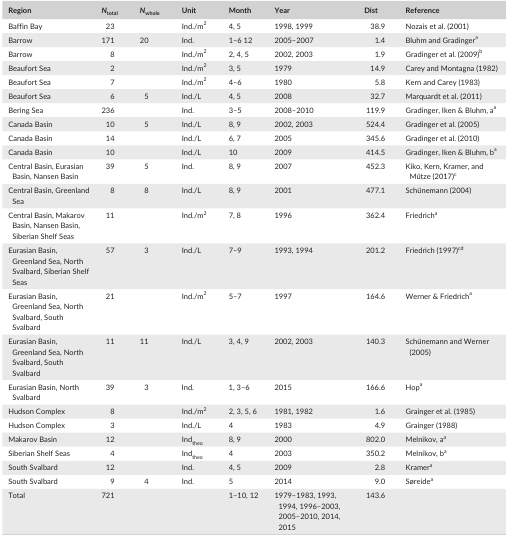
<table><thead><tr><td><b>Region</b></td><td><b><i>N</i><sub>total</sub></b></td><td><b><i>N</i><sub>whole</sub></b></td><td><b>Unit</b></td><td><b>Month</b></td><td><b>Year</b></td><td><b>Dist</b></td><td><b>Reference</b></td></tr></thead><tbody><tr><td>Baffin Bay</td><td>23</td><td></td><td>Ind./m<sup>2</sup></td><td>4, 5</td><td>1998, 1999</td><td>38.9</td><td>Nozais et al. (2001)</td></tr><tr><td>Barrow</td><td>171</td><td>20</td><td>Ind.</td><td>1–6 12</td><td>2005–2007</td><td>1.4</td><td>Bluhm and Gradingera</td></tr><tr><td>Barrow</td><td>8</td><td></td><td>Ind./m<sup>2</sup></td><td>2, 4, 5</td><td>2002, 2003</td><td>1.9</td><td>Gradinger et al. (2009)b</td></tr><tr><td>Beaufort Sea</td><td>2</td><td></td><td>Ind./m<sup>2</sup></td><td>3, 5</td><td>1979</td><td>14.9</td><td>Carey and Montagna (1982)</td></tr><tr><td>Beaufort Sea</td><td>7</td><td></td><td>Ind./m<sup>2</sup></td><td>4–6</td><td>1980</td><td>5.8</td><td>Kern and Carey (1983)</td></tr><tr><td>Beaufort Sea</td><td>6</td><td>5</td><td>Ind./L</td><td>4, 5</td><td>2008</td><td>32.7</td><td>Marquardt et al. (2011)</td></tr><tr><td>Bering Sea</td><td>236</td><td></td><td>Ind.</td><td>3–5</td><td>2008–2010</td><td>119.9</td><td>Gradinger, Iken &amp; Bluhm, aa</td></tr><tr><td>Canada Basin</td><td>10</td><td>5</td><td>Ind./L</td><td>8, 9</td><td>2002, 2003</td><td>524.4</td><td>Gradinger et al. (2005)</td></tr><tr><td>Canada Basin</td><td>14</td><td></td><td>Ind./L</td><td>6, 7</td><td>2005</td><td>345.6</td><td>Gradinger et al. (2010)</td></tr><tr><td>Canada Basin</td><td>10</td><td></td><td>Ind./L</td><td>10</td><td>2009</td><td>414.5</td><td>Gradinger, Iken &amp; Bluhm, ba</td></tr><tr><td>Central Basin, Eurasian Basin, Nansen Basin</td><td>39</td><td>5</td><td>Ind.</td><td>8, 9</td><td>2007</td><td>452.3</td><td>Kiko, Kern, Kramer, and Mütze (2017)c</td></tr><tr><td>Central Basin, Greenland Sea</td><td>8</td><td>8</td><td>Ind./L</td><td>8, 9</td><td>2001</td><td>477.1</td><td>Schünemann (2004)</td></tr><tr><td>Central Basin, Makarov Basin, Nansen Basin, Siberian Shelf Seas</td><td>11</td><td></td><td>Ind./m<sup>2</sup></td><td>7, 8</td><td>1996</td><td>362.4</td><td>Friedricha</td></tr><tr><td>Eurasian Basin, Greenland Sea, North Svalbard, Siberian Shelf Seas</td><td>57</td><td>3</td><td>Ind./L</td><td>7–9</td><td>1993, 1994</td><td>201.2</td><td>Friedrich (1997)c,d</td></tr><tr><td>Eurasian Basin, Greenland Sea, North Svalbard, South Svalbard</td><td>21</td><td></td><td>Ind./m<sup>2</sup></td><td>5–7</td><td>1997</td><td>164.6</td><td>Werner &amp; Friedricha</td></tr><tr><td>Eurasian Basin, Greenland Sea, North Svalbard, South Svalbard</td><td>11</td><td>11</td><td>Ind./L</td><td>3, 4, 9</td><td>2002, 2003</td><td>140.3</td><td>Schünemann and Werner (2005)</td></tr><tr><td>Eurasian Basin, North Svalbard</td><td>39</td><td>3</td><td>Ind.</td><td>1, 3–6</td><td>2015</td><td>166.6</td><td>Hopa</td></tr><tr><td>Hudson Complex</td><td>8</td><td></td><td>Ind./m<sup>2</sup></td><td>2, 3, 5, 6</td><td>1981, 1982</td><td>1.6</td><td>Grainger et al. (1985)</td></tr><tr><td>Hudson Complex</td><td>3</td><td></td><td>Ind./L</td><td>4</td><td>1983</td><td>4.9</td><td>Grainger (1988)</td></tr><tr><td>Makarov Basin</td><td>12</td><td></td><td>Ind<sub>theo</sub></td><td>8, 9</td><td>2000</td><td>802.0</td><td>Melnikov, aa</td></tr><tr><td>Siberian Shelf Seas</td><td>4</td><td></td><td>Ind<sub>theo</sub></td><td>4</td><td>2003</td><td>350.2</td><td>Melnikov, ba</td></tr><tr><td>South Svalbard</td><td>12</td><td></td><td>Ind.</td><td>4, 5</td><td>2009</td><td>2.8</td><td>Kramera</td></tr><tr><td>South Svalbard</td><td>9</td><td>4</td><td>Ind.</td><td>5</td><td>2014</td><td>9.0</td><td>Søreidea</td></tr><tr><td>Total</td><td>721</td><td></td><td></td><td>1–10, 12</td><td>1979–1983, 1993, 1994, 1996–2003, 2005–2010, 2014, 2015</td><td>143.6</td><td></td></tr></tbody></table>